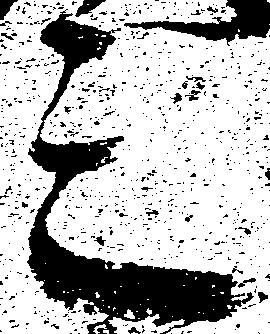
三